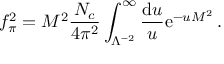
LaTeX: f _ { \pi } ^ { 2 } = M ^ { 2 } { \frac { N _ { c } } { 4 \pi ^ { 2 } } } \int _ { \Lambda ^ { - 2 } } ^ { \infty } { \frac { \mathrm { d } u } { u } } \mathrm { e } ^ { - u M ^ { 2 } } \, .